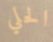
الحلي